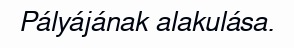
Pályájának alakulása.